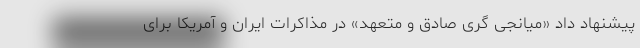
پیشنهاد داد «میانجی گری صادق و متعهد» در مذاکرات ایران و آمریکا برای